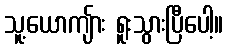
သူ့ယောကျ်ား ရူးသွားပြီပေါ့။